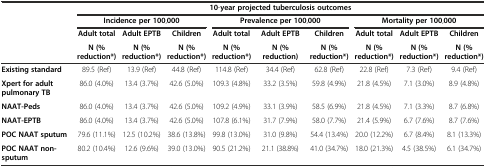
<table><thead><tr><td></td><td colspan="9"><b>10-year projected tuberculosis outcomes</b></td></tr><tr><td></td><td colspan="3"><b>Incidence per 100,000</b></td><td colspan="3"><b>Prevalence per 100,000</b></td><td colspan="3"><b>Mortality per 100,000</b></td></tr><tr><td></td><td><b>Adult total</b></td><td><b>Adult EPTB</b></td><td><b>Children</b></td><td><b>Adult total</b></td><td><b>Adult EPTB</b></td><td><b>Children</b></td><td><b>Adult total</b></td><td><b>Adult EPTB</b></td><td><b>Children</b></td></tr><tr><td></td><td><b>N (% reduction*)</b></td><td><b>N (% reduction*)</b></td><td><b>N (% reduction*)</b></td><td><b>N (% reduction*)</b></td><td><b>N (% reduction)</b></td><td><b>N (% reduction*)</b></td><td><b>N (% reduction*)</b></td><td><b>N (% reduction*)</b></td><td><b>N (% reduction*)</b></td></tr></thead><tbody><tr><td><b>Existing standard</b></td><td>89.5 (Ref)</td><td>13.9 (Ref)</td><td>44.8 (Ref)</td><td>114.8 (Ref)</td><td>34.4 (Ref)</td><td>62.8 (Ref)</td><td>22.8 (Ref)</td><td>7.3 (Ref)</td><td>9.4 (Ref)</td></tr><tr><td><b>Xpert for adult pulmonary TB</b></td><td>86.0 (4.0%)</td><td>13.4 (3.7%)</td><td>42.6 (5.0%)</td><td>109.3 (4.8%)</td><td>33.2 (3.5%)</td><td>59.8 (4.9%)</td><td>21.8 (4.5%)</td><td>7.1 (3.0%)</td><td>8.9 (4.8%)</td></tr><tr><td><b>NAAT-</b><b>Peds</b></td><td>86.0 (4.0%)</td><td>13.4 (3.7%)</td><td>42.6 (5.0%)</td><td>109.2 (4.9%)</td><td>33.1 (3.9%)</td><td>58.5 (6.9%)</td><td>21.8 (4.5%)</td><td>7.1 (3.3%)</td><td>8.7 (6.8%)</td></tr><tr><td><b>NAAT-</b><b>EPTB</b></td><td>86.0 (4.0%)</td><td>13.4 (3.7%)</td><td>42.6 (5.0%)</td><td>107.8 (6.1%)</td><td>31.7 (7.9%)</td><td>58.0 (7.7%)</td><td>21.4 (5.9%)</td><td>6.7 (7.6%)</td><td>8.7 (7.6%)</td></tr><tr><td><b>POC NAAT sputum</b></td><td>79.6 (11.1%)</td><td>12.5 (10.2%)</td><td>38.6 (13.8%)</td><td>99.8 (13.0%)</td><td>31.0 (9.8%)</td><td>54.4 (13.4%)</td><td>20.0 (12.2%)</td><td>6.7 (8.4%)</td><td>8.1 (13.3%)</td></tr><tr><td><b>POC NAAT non-</b><b>sputum</b></td><td>80.2 (10.4%)</td><td>12.6 (9.6%)</td><td>39.0 (13.0%)</td><td>90.5 (21.2%)</td><td>21.1 (38.8%)</td><td>41.0 (34.7%)</td><td>18.0 (21.3%)</td><td>4.5 (38.5%)</td><td>6.1 (34.7%)</td></tr></tbody></table>